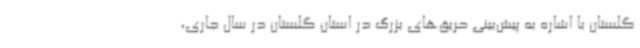
گلستان با اشاره به پیش‌بینی حریق‌های بزرگ در استان گلستان در سال جاری،